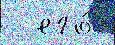
  его́